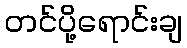
တင်ပို့ရောင်းချ